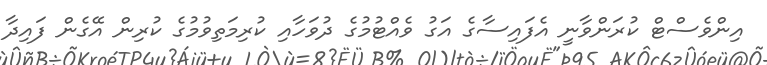
އިންވެސްޓް ކުރަންވާނީ އެފައިސާގެ އަގު ވެއްޓުމުގެ ދުވަހާއި ކުރިމަތިވުމުގެ ކުރިން އޭގެން ފައިދާ